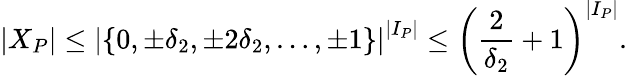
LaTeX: |X_{P}|\leq\left|\left\{ 0,\pm\delta_{2},\pm 2\delta_{2},\dots,\pm 1\right\} \right|^{|I_{P}|}\leq\left(\frac{2}{\delta_{2}}+1\right)^{|I_{P}|}.